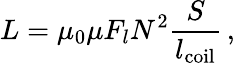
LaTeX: L=\mu_{0}\mu F_{l}N^{2}\frac{S}{l_{\mathrm{coil}}}\, ,